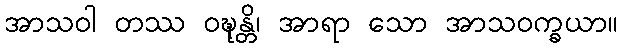
အာသဝါ တဿ ဝဍ္ဎုန္တိ၊ အာရာ သော အာသဝက္ခယာ။